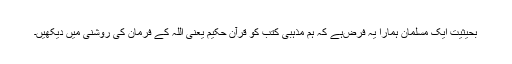
بحیثیت ایک مسلمان ہمارا یہ فرض‌ہے کہ ہم مذہبی کتب کو قرآن حکیم یعنی اللہ کے فرمان کی روشنی میں دیکھیں۔